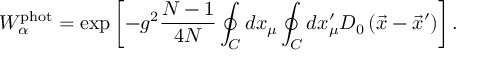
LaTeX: W _ { \alpha } ^ { \mathrm { p h o t } } = \exp \left[ - g ^ { 2 } \frac { N - 1 } { 4 N } \oint _ { C } ^ { } d x _ { \mu } \oint _ { C } ^ { } d x _ { \mu } ^ { \prime } D _ { 0 } \left( \vec { x } - \vec { x } ^ { \prime } \right) \right] .